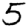
Digit: 5